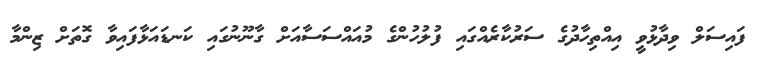
ފައިސަލް ވިދާޅުވީ އިއްތިހާދުގެ ސަރުކާރެއްގައި ފުލުހުންގެ މުއައްސަސާއަށް ގާނޫނުގައި ކަނޑައަޅާފައިވާ ގޮތަށް ޒިންމާ